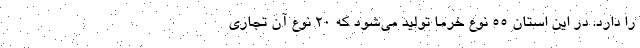
را دارد. در این استان ۵۵ نوع خرما تولید می‌شود که ۲۰ نوع آن تجاری